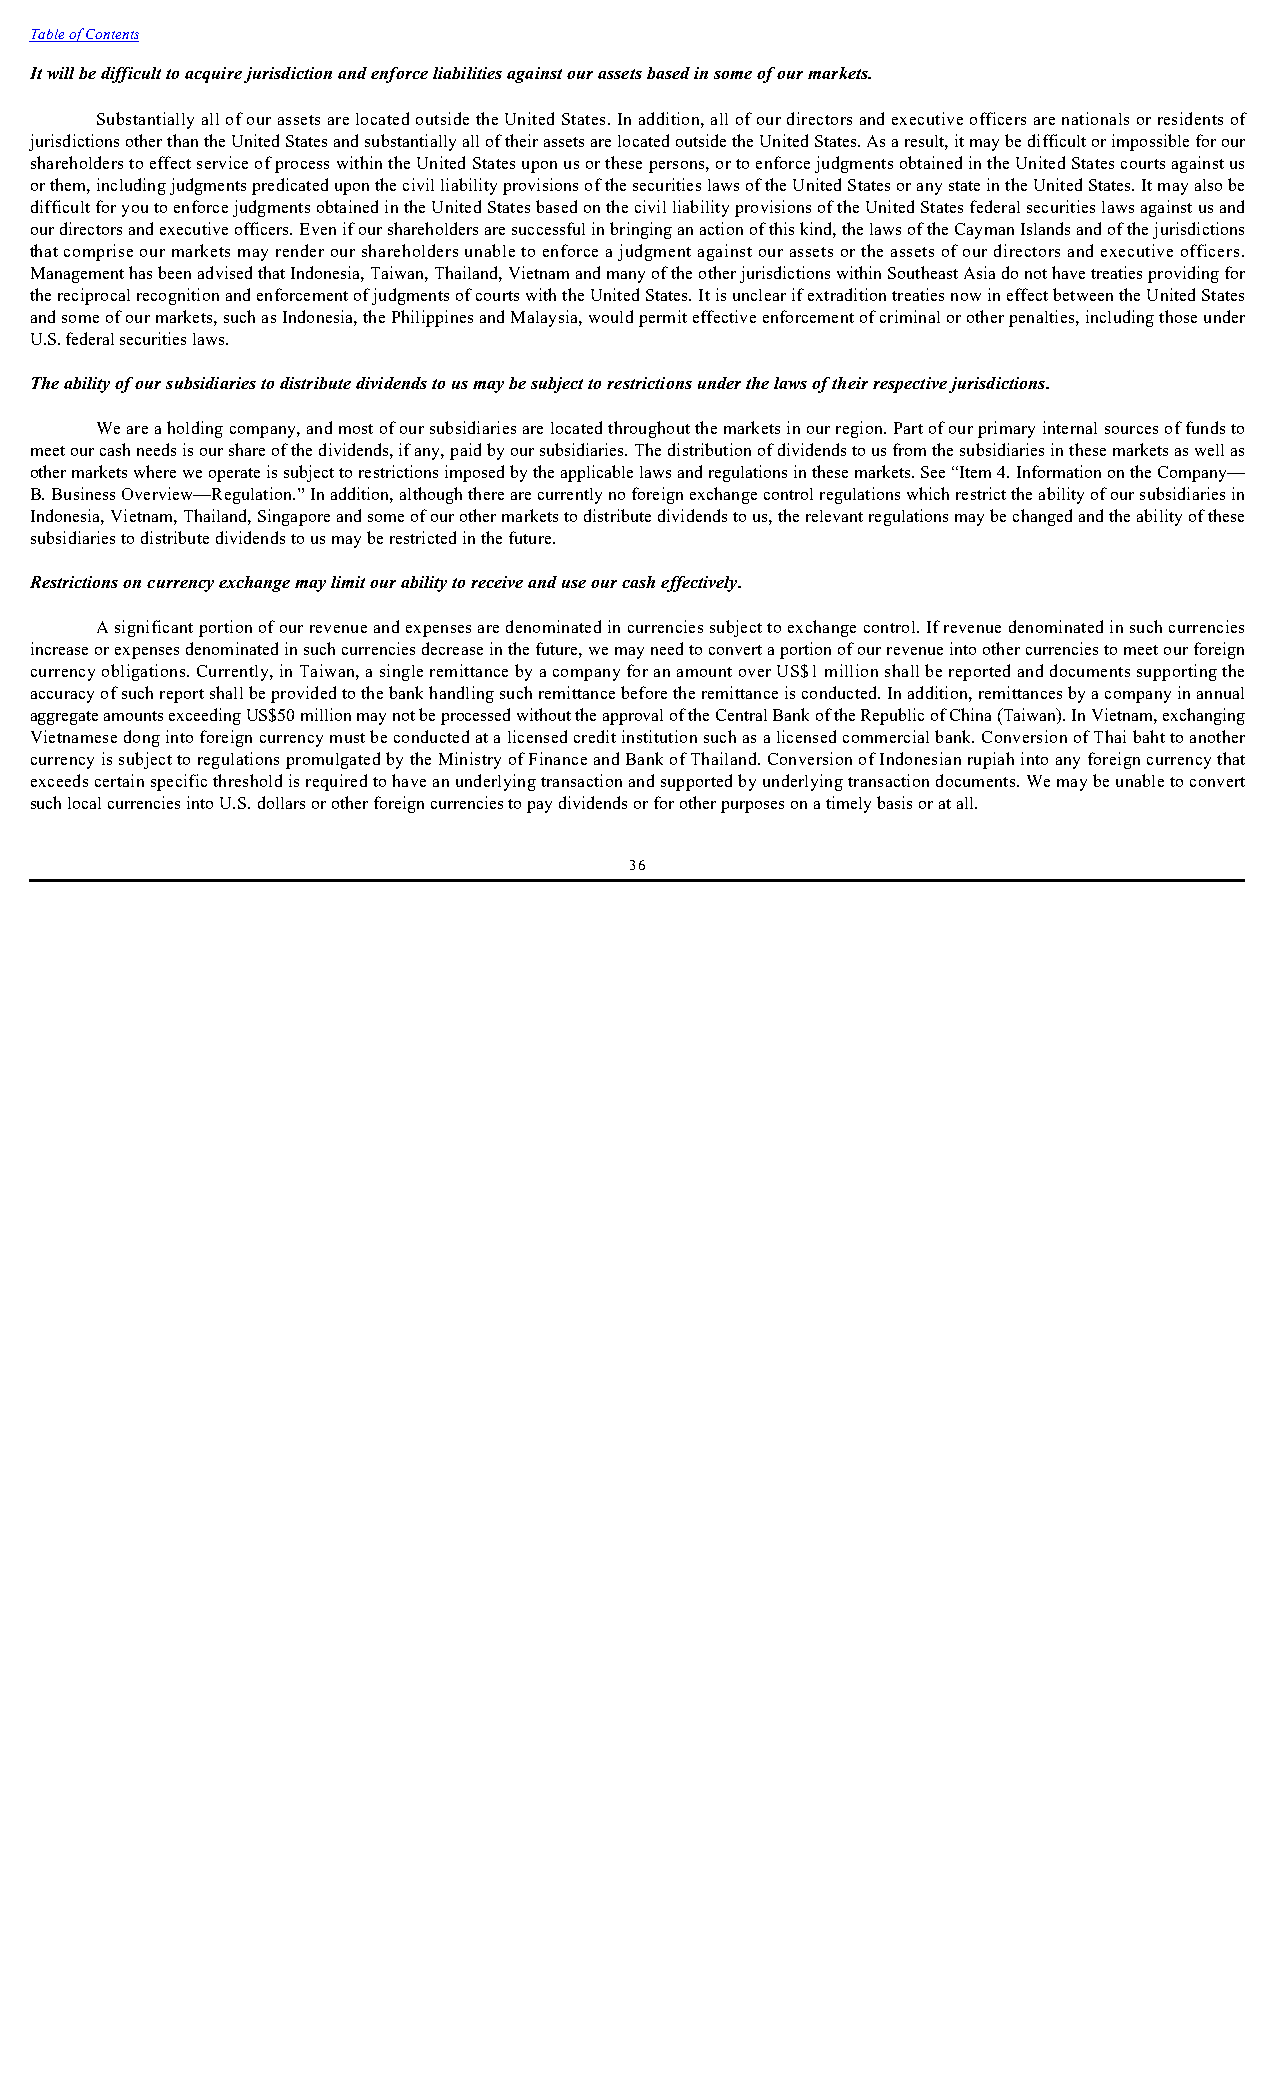
Table of Contents
 It will be difficult to acquire jurisdiction and enforce liabilities against our assets based in some of our markets.
 Substantially all of our assets are located outside the United States. In addition, all of our directors and executive officers are nationals or residents of
 jurisdictions other than the United States and substantially all of their assets are located outside the United States. As a result, it may be difficult or impossible for our
 shareholders to effect service of process within the United States upon us or these persons, or to enforce judgments obtained in the United States courts against us
 or them, including judgments predicated upon the civil liability provisions of the securities laws of the United States or any state in the United States. It may also be
 difficult for you to enforce judgments obtained in the United States based on the civil liability provisions of the United States federal securities laws against us and
 our directors and executive officers. Even if our shareholders are successful in bringing an action of this kind, the laws of the Cayman Islands and of the jurisdictions
 that comprise our markets may render our shareholders unable to enforce a judgment against our assets or the assets of our directors and executive officers.
 Management has been advised that Indonesia, Taiwan, Thailand, Vietnam and many of the other jurisdictions within Southeast Asia do not have treaties providing for
 the reciprocal recognition and enforcement of judgments of courts with the United States. It is unclear if extradition treaties now in effect between the United States
 and some of our markets, such as Indonesia, the Philippines and Malaysia, would permit effective enforcement of criminal or other penalties, including those under
 U.S. federal securities laws.
 The ability of our subsidiaries to distribute dividends to us may be subject to restrictions under the laws of their respective jurisdictions.
 We are a holding company, and most of our subsidiaries are located throughout the markets in our region. Part of our primary internal sources of funds to
 meet our cash needs is our share of the dividends, if any, paid by our subsidiaries. The distribution of dividends to us from the subsidiaries in these markets as well as
 other markets where we operate is subject to restrictions imposed by the applicable laws and regulations in these markets. See “Item 4. Information on the Company—
 B. Business Overview—Regulation.” In addition, although there are currently no foreign exchange control regulations which restrict the ability of our subsidiaries in
 Indonesia, Vietnam, Thailand, Singapore and some of our other markets to distribute dividends to us, the relevant regulations may be changed and the ability of these
 subsidiaries to distribute dividends to us may be restricted in the future.
 Restrictions on currency exchange may limit our ability to receive and use our cash effectively.
 A significant portion of our revenue and expenses are denominated in currencies subject to exchange control. If revenue denominated in such currencies
 increase or expenses denominated in such currencies decrease in the future, we may need to convert a portion of our revenue into other currencies to meet our foreign
 currency obligations. Currently, in Taiwan, a single remittance by a company for an amount over US$1 million shall be reported and documents supporting the
 accuracy of such report shall be provided to the bank handling such remittance before the remittance is conducted. In addition, remittances by a company in annual
 aggregate amounts exceeding US$50 million may not be processed without the approval of the Central Bank of the Republic of China (Taiwan). In Vietnam, exchanging
 Vietnamese dong into foreign currency must be conducted at a licensed credit institution such as a licensed commercial bank. Conversion of Thai baht to another
 currency is subject to regulations promulgated by the Ministry of Finance and Bank of Thailand. Conversion of Indonesian rupiah into any foreign currency that
 exceeds certain specific threshold is required to have an underlying transaction and supported by underlying transaction documents. We may be unable to convert
 such local currencies into U.S. dollars or other foreign currencies to pay dividends or for other purposes on a timely basis or at all.
 36